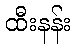
ထီးနန်း